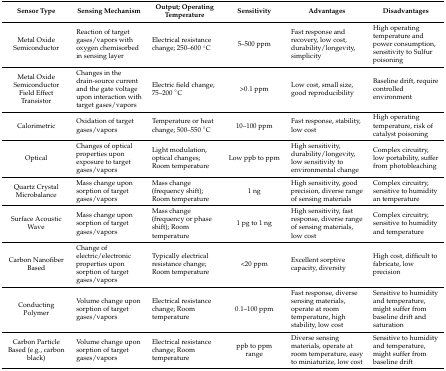
<table><thead><tr><td><b>Sensor Type</b></td><td><b>Sensing Mechanism</b></td><td><b>Output; Operating Temperature</b></td><td><b>Sensitivity</b></td><td><b>Advantages</b></td><td><b>Disadvantages</b></td></tr></thead><tbody><tr><td>Metal Oxide Semiconductor</td><td>Reaction of target gases/vapors with oxygen chemisorbed in sensing layer</td><td>Electrical resistance change; 250–600 °C</td><td>5–500 ppm</td><td>Fast response and recovery, low cost, durability/longevity, simplicity</td><td>High operating temperature and power consumption, sensitivity to Sulfur poisoning</td></tr><tr><td>Metal Oxide Semiconductor Field Effect Transistor</td><td>Changes in the drain-source current and the gate voltage upon interaction with target gases/vapors</td><td>Electric field change; 75–200 °C</td><td>&gt;0.1 ppm</td><td>Low cost, small size, good reproducibility</td><td>Baseline drift, require controlled environment</td></tr><tr><td>Calorimetric</td><td>Oxidation of target gases/vapors</td><td>Temperature or heat change; 500–550 °C</td><td>10–100 ppm</td><td>Fast response, stability, low cost</td><td>High operating temperature, risk of catalyst poisoning</td></tr><tr><td>Optical</td><td>Changes of optical properties upon exposure to target gases/vapors</td><td>Light modulation, optical changes; Room temperature</td><td>Low ppb to ppm</td><td>High sensitivity, durability/longevity, low sensitivity to environmental change</td><td>Complex circuitry, low portability, suffer from photobleaching</td></tr><tr><td>Quartz Crystal Microbalance</td><td>Mass change upon sorption of target gases/vapors</td><td>Mass change (frequency shift); Room temperature</td><td>1 ng</td><td>High sensitivity, good precision, diverse range of sensing materials</td><td>Complex circuitry, sensitive to humidity an temperature</td></tr><tr><td>Surface Acoustic Wave</td><td>Mass change upon sorption of target gases/vapors</td><td>Mass change (frequency or phase shift); Room temperature</td><td>1 pg to 1 ng</td><td>High sensitivity, fast response, diverse range of sensing materials, low cost</td><td>Complex circuitry, sensitive to humidity and temperature</td></tr><tr><td>Carbon Nanofiber Based</td><td>Change of electric/electronic properties upon sorption of target gases/vapors</td><td>Typically electrical resistance change; Room temperature</td><td>&lt;20 ppm</td><td>Excellent sorptive capacity, diversity</td><td>High cost, difficult to fabricate, low precision</td></tr><tr><td>Conducting Polymer</td><td>Volume change upon sorption of target gases/vapors</td><td>Electrical resistance change; Room temperature</td><td>0.1–100 ppm</td><td>Fast response, diverse sensing materials, operate at room temperature, high stability, low cost</td><td>Sensitive to humidity and temperature, might suffer from baseline drift and saturation</td></tr><tr><td>Carbon Particle Based (e.g., carbon black)</td><td>Volume change upon sorption of target gases/vapors</td><td>Electrical resistance change; Room temperature</td><td>ppb to ppm range</td><td>Diverse sensing materials, operate at room temperature, easy to miniaturize, low cost</td><td>Sensitive to humidity and temperature, might suffer from baseline drift</td></tr></tbody></table>